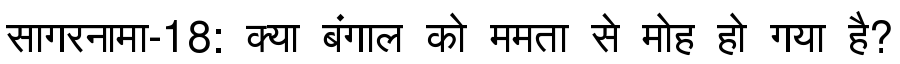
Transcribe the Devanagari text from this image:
सागरनामा-18: क्या बंगाल को ममता से मोह हो गया है?